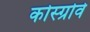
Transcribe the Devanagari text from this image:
कोस्ग्रोवे